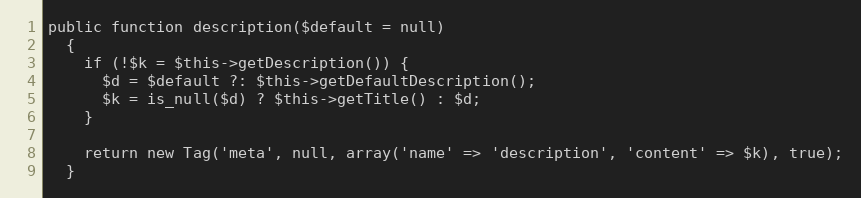
Language: PHP
public function description($default = null)
  {
    if (!$k = $this->getDescription()) {
      $d = $default ?: $this->getDefaultDescription();
      $k = is_null($d) ? $this->getTitle() : $d;
    }

    return new Tag('meta', null, array('name' => 'description', 'content' => $k), true);
  }